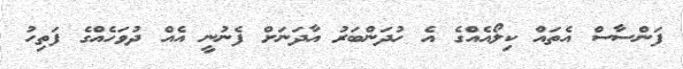
ފަންސާސް އެތައް ކިލޯއެއްގެ އެ ހުދަންބަރު އާދަނަށް ފެނުނީ އެއް ދުވަހެއްގެ ފަތިހު